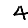
Digit: 4